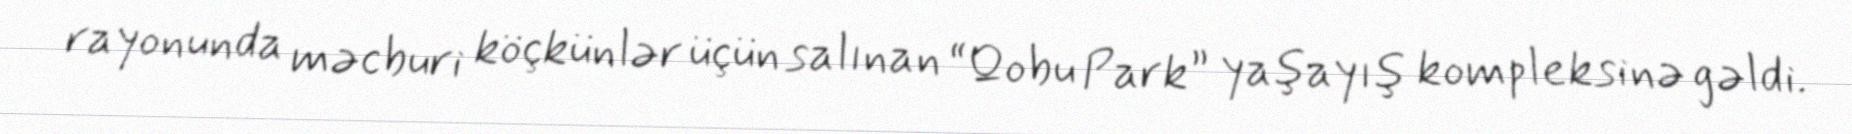
rayonunda məcburi köçkünlər üçün salınan “Qobu Park” yaşayış kompleksinə gəldi.